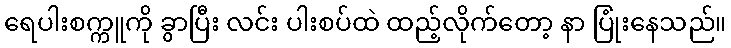
ရေပါးစက္ကူကို ခွာပြီး လင်း ပါးစပ်ထဲ ထည့်လိုက်တော့ နာ ပြုံးနေသည်။